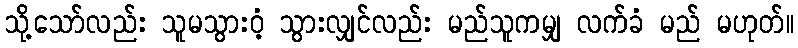
သို့သော်လည်း သူမသွားဝံ့ သွားလျှင်လည်း မည်သူကမျှ လက်ခံ မည် မဟုတ်။